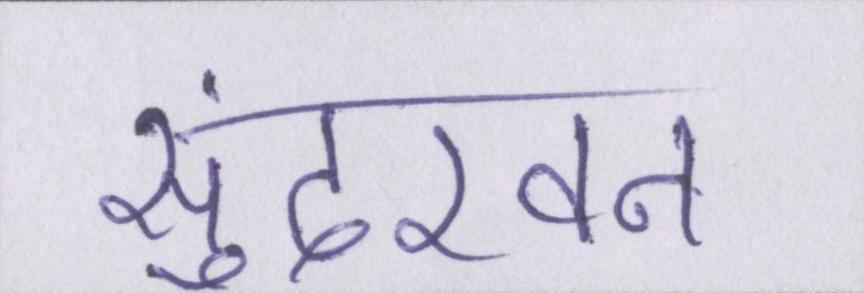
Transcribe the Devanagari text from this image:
सुंदरवन